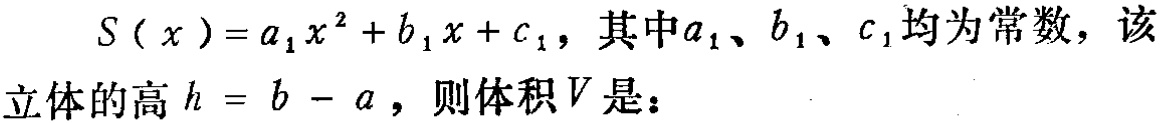
\(S(x)=a_{1}x^{2}+b_{1}x + c_{1}\)，其中\(a_{1}\)、\(b_{1}\)、\(c_{1}\)均为常数，该立体的高\(h = b - a\)，则体积\(V\)是：